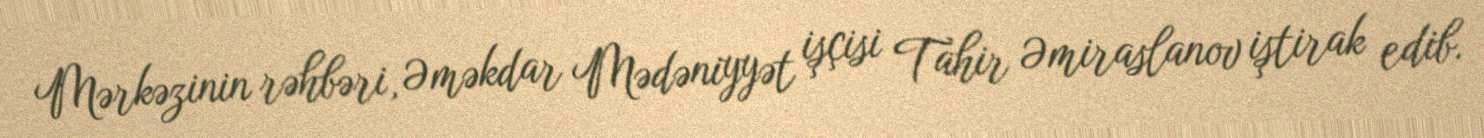
Mərkəzinin rəhbəri, Əməkdar Mədəniyyət işçisi Tahir Əmiraslanov iştirak edib.